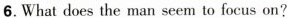
6.What does the man seem to focus on?